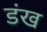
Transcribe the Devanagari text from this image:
डंख